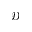
\mathcal { D }